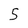
Character: 5